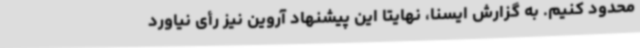
محدود کنیم. به گزارش ایسنا، نهایتا این پیشنهاد آروین نیز رأی نیاورد